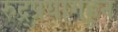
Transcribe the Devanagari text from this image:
रुद्र्प्रयागहून